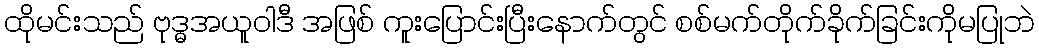
ထိုမင်းသည် ဗုဒ္ဓအယူဝါဒီ အဖြစ် ကူးပြောင်းပြီးနောက်တွင် စစ်မက်တိုက်ခိုက်ခြင်းကိုမပြုဘဲ